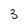
Character: 3